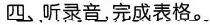
四、听录音,完成表格。